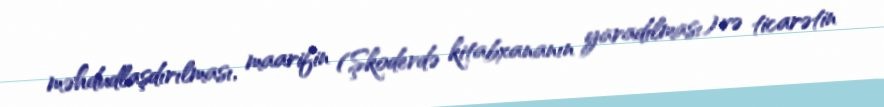
məhdudlaşdırılması, maarifin (Şkoderdə kitabxananın yaradılması) və ticarətin